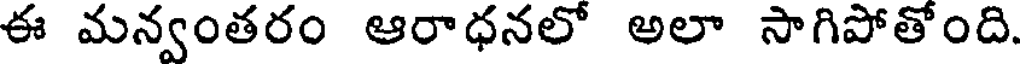
ఈ మన్వంతరం ఆరాధనలో అలా సాగిపోతోంది.